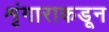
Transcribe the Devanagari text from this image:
शृंगाराकडून